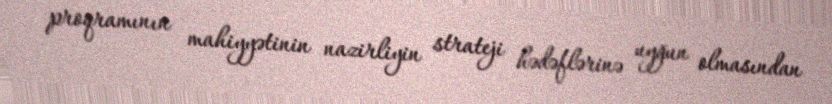
proqramının mahiyyətinin nazirliyin strateji hədəflərinə uyğun olmasından